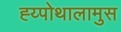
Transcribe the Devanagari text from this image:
ह्य्पोथालामुस